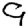
Digit: 9